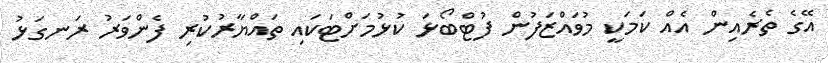
އޭގެ ތެރެއިން އެއް ކަމަކީ މުވައްޒަފުން ފުޓްބޯޅަ ކުޅުމަށްޓަކައި ތައްޔާރުކުރި ފެންވަރު ރަނގަޅު